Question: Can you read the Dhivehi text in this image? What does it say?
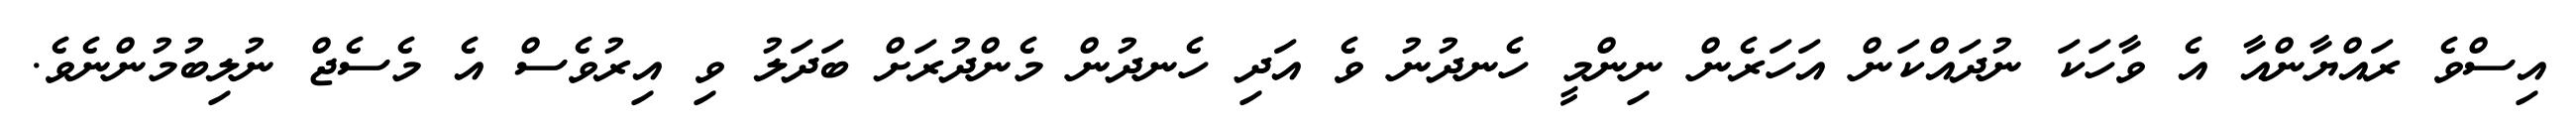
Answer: އިސްވެ ރައްޔާންއާ އެ ވާހަކަ ނުދައްކަން އަހަރެން ނިންމީ ހެނދުނު ވެ އަދި ހެނދުން މެންދުރަށް ބަދަލު ވި އިރުވެސް އެ މެސެޖް ނުލިބުމުންނެވެ.